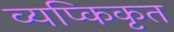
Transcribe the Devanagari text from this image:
व्यप्किकृत